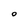
Character: O